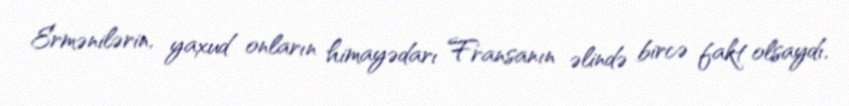
Ermənilərin, yaxud onların himayədarı Fransanın əlində bircə fakt olsaydı,